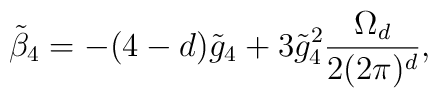
\tilde{\beta}_4=-(4-d)\tilde g_4+ 3\tilde g_4^2\frac{\Omega_d}{2(2\pi)^d},